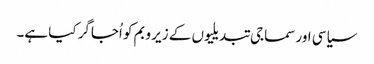
سیاسی اور سماجی تبدیلیوں کے زیر و بم کو اُجاگر کیا ہے۔